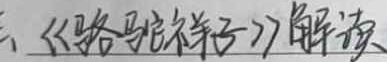
三、《骆驼祥子》解读